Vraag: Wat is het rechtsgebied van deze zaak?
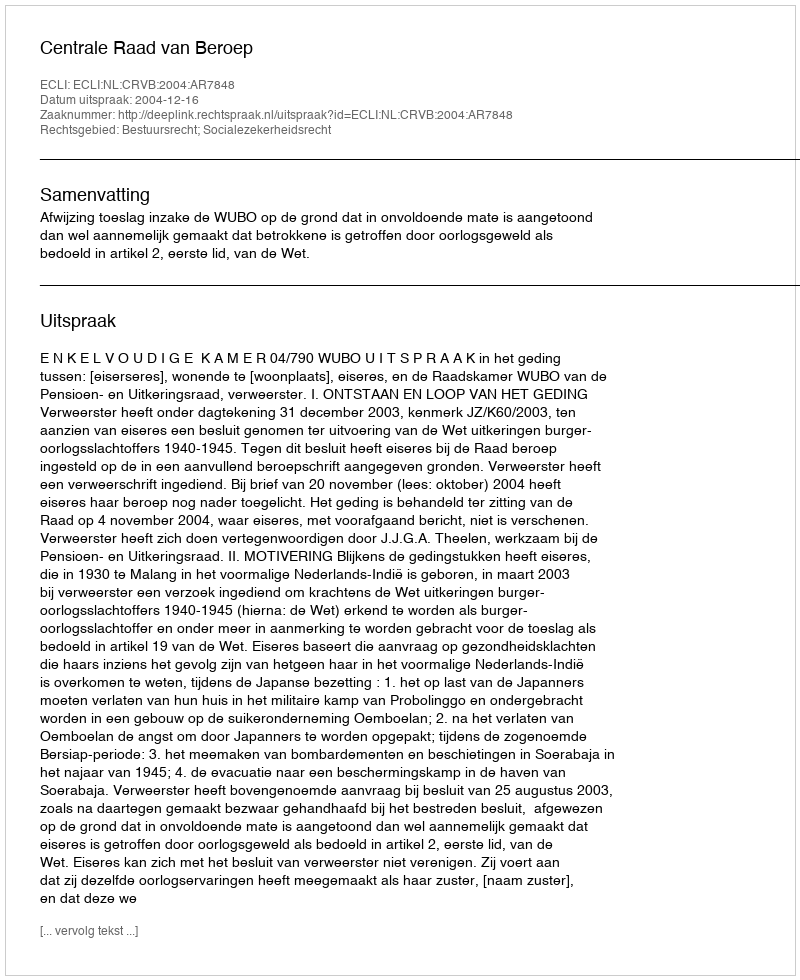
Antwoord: Bestuursrecht; Socialezekerheidsrecht